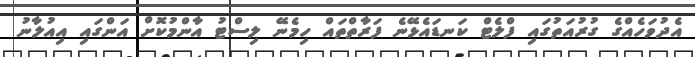
އެދުވަހެއްގެ ގުރުއަތުގައި ފްލެޓް ކަނޑައެޅޭނެ ފަރާތްތައް ހިމެނޭ ލިސްޓު އާންމުކޮށް އަންގައި އިއުލާނު